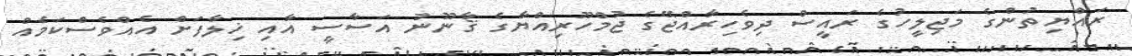
ރައްޔިތުންގެ މަޖިލީހުގެ ރައީސް ދިވެހިރާއްޖޭގެ ޖުމްހޫރިއްޔާގެ ޤާނޫނު އަސާސީ އާއި ޚިލާފަށް އެއްވެސްކަމެއް